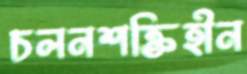
চলনশক্তিহীন